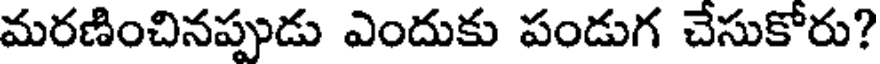
మరణించినప్పుడు ఎందుకు పండుగ చేసుకోరు?